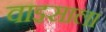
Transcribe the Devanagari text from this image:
वाइसाला